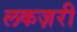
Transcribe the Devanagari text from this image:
लकज़री